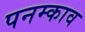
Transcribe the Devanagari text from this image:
पनम्काव